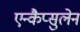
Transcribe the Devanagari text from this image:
एन्कैप्सुलेन